Report of the Indian Hemp Drugs Commission, 1894-1895 - Volume V
Year: 1894
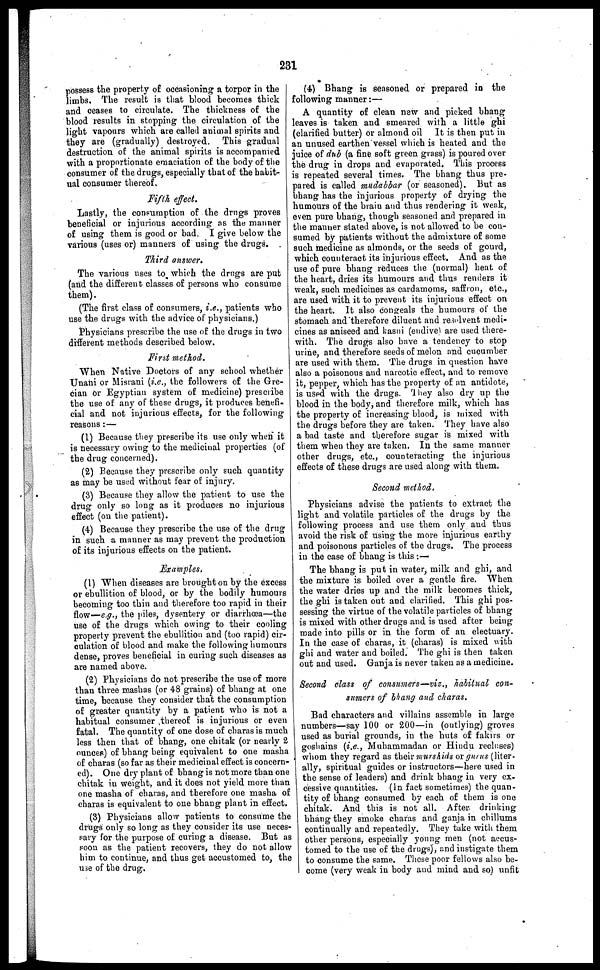
231
possess the property of occasioning a torpor in the
limbs. The result is that blood becomes thick
and ceases to circulate. The thickness of the
blood results in stopping the circulation of the
light vapours which are called animal spirits and
they are (gradually) destroyed. This gradual
destruction of the animal spirits is accompanied
with a proportionate emaciation of the body of the
consumer of the drugs, especially that of the habit-
ual consumer thereof.
Fifth effect.
Lastly, the consumption of the drugs proves
beneficial or injurious according as the manner
of using them is good or bad. I give below the
various (uses or) manners of using the drugs.
Third answer.
The various uses to which the drugs are put
(and the different classes of persons who consume
them).
(The first class of consumers, i.e., patients who
use the drugs with the advice of physicians.)
Physicians prescribe the use of the drugs in two
different methods described below.
First method.
When Native Doctors of any school whether
Unani or Misrani (i.e., the followers of the Gre-
cian or Egyptian system of medicine) prescribe
the use of any of these drugs, it produces benefi-
cial and not injurious effects, for the following
reasons :—
(1) Because they prescribe its use only when it
is necessary owing to the medicinal properties (of
the drug concerned).
(2) Because they prescribe only such quantity
as may be used without fear of injury.
(3) Because they allow the patient to use the
drug only so long as it produces no injurious
effect (on the patient).
(4) Because they prescribe the use of the drug
in such a manner as may prevent the production
of its injurious effects on the patient.
Examples.
(1) When diseases are brought on by the excess
or ebullition of blood, or by the bodily humours
becoming too thin and therefore too rapid in their
flow—e.g., the piles, dysentery or diarrhœa—the
use of the drugs which owing to their cooling
property prevent the ebullition and (too rapid) cir-
culation of blood and make the following humours
dense, proves beneficial in curing such diseases as
are named above.
(2) Physicians do not prescribe the use of more
than three mashas (or 48 grains) of bhang at one
time, because they consider that the consumption
of greater quantity by a patient who is not a
habitual consumer thereof is injurious or even
fatal. The quantity of one dose of charas is much
less then that of bhang, one chitak (or nearly 2
ounces) of bhang being equivalent to one masha
of charas (so far as their medicinal effect is concern-
ed). One dry plant of bhang is not more than one
chitak in weight, and it does not yield more than
one masha of charas, and therefore one masha of
charas is equivalent to one bhang plant in effect.
(3) Physicians allow patients to consume the
drugs only so long as they consider its use neces-
sary for the purpose of curing a disease. But as
soon as the patient recovers, they do not allow
him to continue, and thus get accustomed to, the
use of the drug.
(4) Bhang is seasoned or prepared in the
following manner :—
A quantity of clean new and picked bhang
leaves is taken and smeared with a little ghi
(clarified butter) or almond oil It is then put in
an unused earthen vessel which is heated and the
juice of dub (a fine soft green grass) is poured over
the drug in drops and evaporated. This process
is repeated several times. The bhang thus pre-
pared is called mudabbar (or seasoned). But as
bhang has the injurious property of drying the
humours of the brain and thus rendering it weak,
even pure bhang, though seasoned and prepared in
the manner stated above, is not allowed to be con-
sumed by patients without the admixture of some
such medicine as almonds, or the seeds of gourd,
which counteract its injurious effect. And as the
use of pure bhang reduces the (normal) beat of
the heart, dries its humours and thus renders it
weak, such medicines as cardamoms, saffron, etc.,
are used with it to prevent its injurious effect on
the heart. It also congeals the humours of the
stomach and therefore diluent and resolvent medi-
cines as aniseed and kasni (endive) are used there-
with. The drugs also have a tendency to stop
urine, and therefore seeds of melon and cucumber
are used with them. The drugs in question have
also a poisonous and narcotic effect, and to remove
it, pepper, which has the property of an antidote,
is used with the drugs. They also dry up the
blood in the body, and therefore milk, which has
the property of increasing blood, is mixed with
the drugs before they are taken. They have also
a bad taste and therefore sugar is mixed with
them when they are taken, In the same manner
other drugs, etc., counteracting the injurious
effects of these drugs are used along with them.
Second method.
Physicians advise the patients to extract the
light and volatile particles of the drugs by the
following process and use them only and thus
avoid the risk of using the more injurious earthy
and poisonous particles of the drugs. The process
in the case of bhang is this :—
The bhang is put in water, milk and ghi, and
the mixture is boiled over a gentle fire. When
the water dries up and the milk becomes thick,
the ghi is taken out and clarified. This ghi pos-
sessing the virtue of the volatile particles of bhang
is mixed with other drugs and is used after being
made into pills or in the form of an electuary.
In the case of charas, it (charas) is mixed with
ghi and water and boiled. The ghi is then taken
out and used. Ganja is never taken as a medicine.
Second class of consumers—viz., habitual con-
sumers of bhang and charas.
Bad characters and villains assemble in large
numbers—say 100 or 200—in (outlying) groves
used as burial grounds, in the huts of fakirs or
goshains (i.e., Muhammadan or Hindu recluses)
whom they regard as their murshids or gurus (liter-
ally, spiritual guides or instructors—here used in
the sense of leaders) and drink bhang in very ex-
cessive quantities. (In fact sometimes) the quan-
tity of bhang consumed by each of them is one
chitak. And this is not all. After drinking
bhang they smoke charas and ganja in chillums
continually and repeatedly. They take with them
other persons, especially young men (not accus-
tomed to the use of the drugs), and instigate them
to consume the same. These poor fellows also be-
come (very weak in body and mind and so) unfit